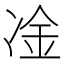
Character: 凎